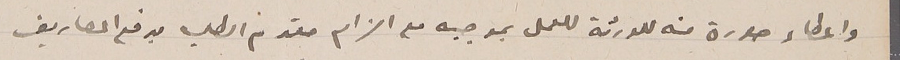
واعطاء صورة منه للورثة للعمل بموجبه مع الزام مقدم الطلب بدفع المصاريف